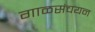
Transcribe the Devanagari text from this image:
गाळसंचयन